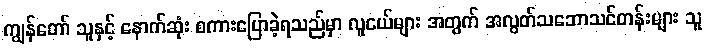
ကျွန်တော် သူနှင့် နောက်ဆုံး စကားပြောခဲ့ရသည်မှာ လူငယ်များ အတွက် အလွတ်သဘောသင်တန်းများ သူ